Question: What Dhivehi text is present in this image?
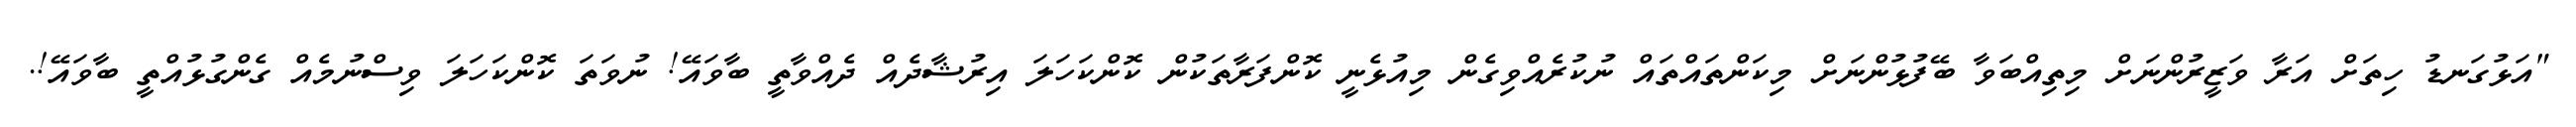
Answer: "އަޅުގަނޑު ހިތަށް އަރާ ވަޒީރުންނަށް މިތިއްބަވާ ބޭފުޅުންނަށް މިކަންތައްތައް ނުކުރެއްވިގެން މިއުޅެނީ ކޮންފަރާތަކުން ކޮންކަހަލަ އިރުޝާދެއް ދެއްވާތީ ބާވައޭ! ނުވަތަ ކޮންކަހަލަ ވިސްނުމެއް ގެންގުޅުއްތީ ބާވައޭ!.